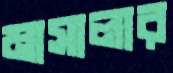
মাসালার